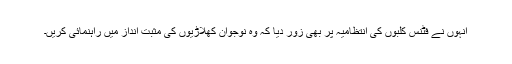
انہوں نے فٹنس کلبوں کی انتظامیہ پر بھی زور دیا کہ وہ نوجوان کھلاڑیوں کی مثبت انداز میں راہنمائی کریں۔